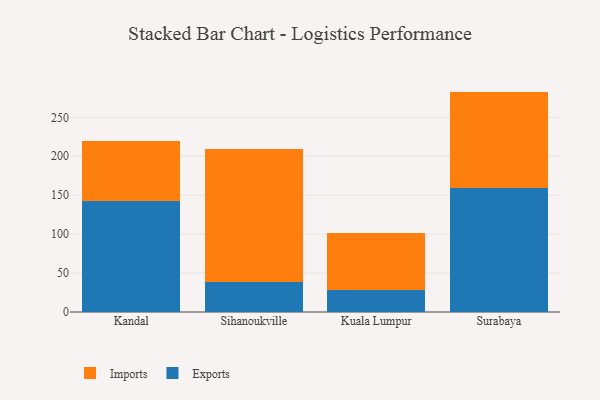
{"axis": {"x": "City", "y": "Inventory Turnover"}, "legend": ["Exports", "Imports"], "data": [{"x": "Kandal", "y": 142.2, "type": "Exports"}, {"x": "Kandal", "y": 77.5, "type": "Imports"}, {"x": "Sihanoukville", "y": 38.7, "type": "Exports"}, {"x": "Sihanoukville", "y": 171.2, "type": "Imports"}, {"x": "Kuala Lumpur", "y": 27.8, "type": "Exports"}, {"x": "Kuala Lumpur", "y": 73.1, "type": "Imports"}, {"x": "Surabaya", "y": 159.0, "type": "Exports"}, {"x": "Surabaya", "y": 124.0, "type": "Imports"}]}